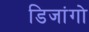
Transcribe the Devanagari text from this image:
डिजांगो